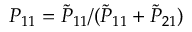
P _ { 1 1 } = { \tilde { P } } _ { 1 1 } / ( { \tilde { P } } _ { 1 1 } + { \tilde { P } } _ { 2 1 } )